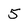
Character: 5